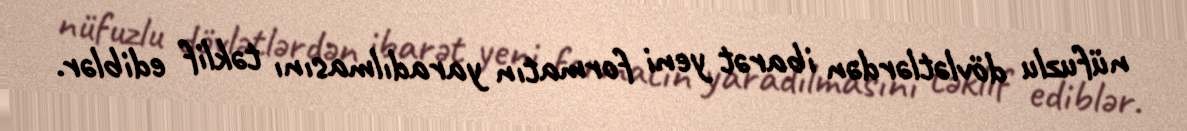
nüfuzlu dövlətlərdən ibarət yeni formatın yaradılmasını təklif ediblər.